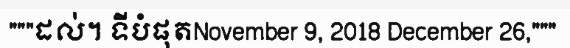
"""ដល់។ ទីបំផុតNovember 9, 2018 December 26,"""